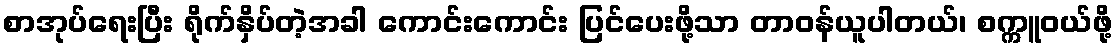
စာအုပ်ရေးပြီး ရိုက်နှိပ်တဲ့အခါ ကောင်းကောင်း ပြင်ပေးဖို့သာ တာဝန်ယူပါတယ်၊ စက္ကူဝယ်ဖို့